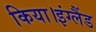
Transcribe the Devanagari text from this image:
किया।इंग्लैंड